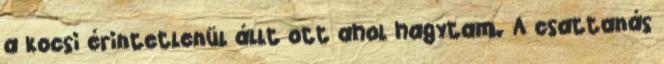
a kocsi érintetlenül állt ott ahol hagytam. A csattanás